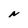
Character: N